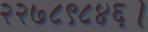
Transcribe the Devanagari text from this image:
२२७८९८४६।